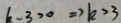
k - 3 > 0 \Rightarrow k > 3